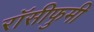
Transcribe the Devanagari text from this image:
रॉसीफुमी